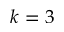
k = 3